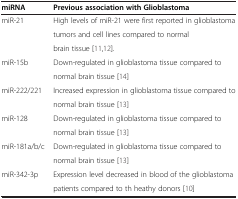
<table><thead><tr><td><b>miRNA</b></td><td><b>Previous association with Glioblastoma</b></td></tr></thead><tbody><tr><td>miR-21</td><td>High levels of miR-21 were first reported in glioblastoma</td></tr><tr><td> </td><td>tumors and cell lines compared to normal</td></tr><tr><td> </td><td>brain tissue [11,12].</td></tr><tr><td>miR-15b</td><td>Down-regulated in glioblastoma tissue compared to</td></tr><tr><td> </td><td>normal brain tissue [14]</td></tr><tr><td>miR-222/221</td><td>Increased expression in glioblastoma tissue compared to</td></tr><tr><td> </td><td>normal brain tissue [13]</td></tr><tr><td>miR-128</td><td>Down-regulated in glioblastoma tissue compared to</td></tr><tr><td> </td><td>normal brain tissue [13]</td></tr><tr><td>miR-181a/b/c</td><td>Down-regulated in glioblastoma tissue compared to</td></tr><tr><td> </td><td>normal brain tissue [13]</td></tr><tr><td>miR-342-3p</td><td>Expression level decreased in blood of the glioblastoma</td></tr><tr><td> </td><td>patients compared to th heathy donors [10]</td></tr></tbody></table>